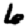
Digit: 6